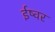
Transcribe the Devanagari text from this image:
ईष्वर